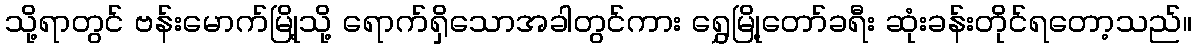
သို့ရာတွင် ဗန်းမောက်မြို့သို့ ရောက်ရှိသောအခါတွင်ကား ရွှေမြို့တော်ခရီး ဆုံးခန်းတိုင်ရတော့သည်။